Indian journal of veterinary science and animal husbandry - Volume 14,
Year: 1944
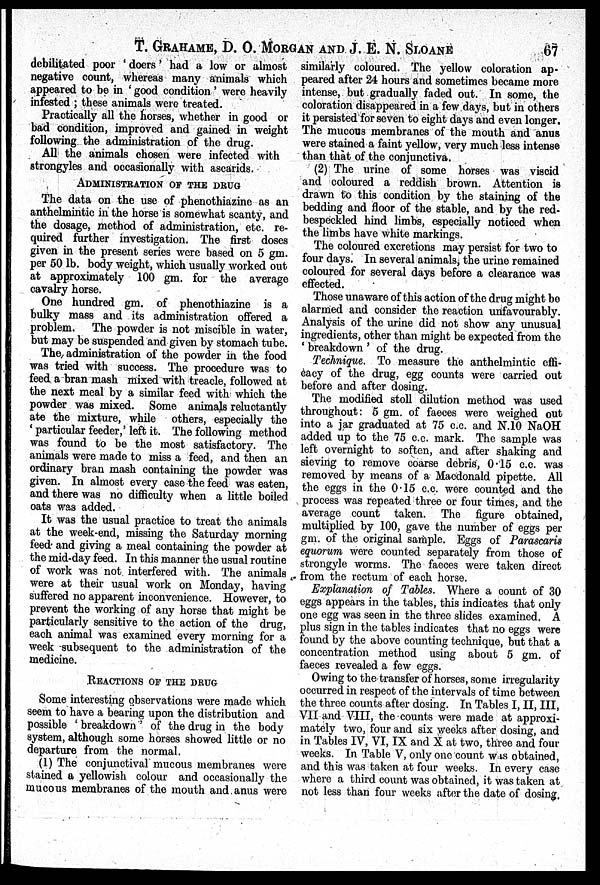
T. GRAHAME, D. O. MORGAN AND J. E. N. SLOANE 67
debilitated poor ' doers' had a low or almost
negative count, whereas many animals which
appeared to be in ' good condition' were heavily
infested ; these animals were treated.
Practically all the horses, whether in good or
bad condition, improved and gained in weight
following the administration of the drug.
All the animals chosen were infected with
strongyles and occasionally with ascarids.
ADMINISTRATION OF THE DRUG
The data on the use of phenothiazine as an
anthelmintic in the horse is somewhat scanty, and
the dosage, method of administration, etc. re-
quired further investigation. The first doses
given in the present series were based on 5 gm.
per 50 lb. body weight, which usually worked out
at approximately 100 gm. for the average
cavalry horse.
One hundred gm. of phenothiazine is a
bulky mass and its administration offered a
problem. The powder is not miscible in water,
but may be suspended and given by stomach tube.
The administration of the powder in the food
was tried with success. The procedure was to
feed a bran mash mixed with treacle, followed at
the next meal by a similar feed with which the
powder was mixed. Some animals reluctantly
ate the mixture, while others, especially the
' particular feeder,' left it. The following method
was found to be the most satisfactory. The
animals were made to miss a feed, and then an
ordinary bran mash containing the powder was
given. In almost every case the feed was eaten,
and there was no difficulty when a little boiled
oats was added.
It was the usual practice to treat the animals
at the week-end, missing the Saturday morning
feed and giving a meal containing the powder at
the mid-day feed. In this manner the usual routine
of work was not interfered with. The animals
were at their usual work on Monday, having
suffered no apparent inconvenience. However, to
prevent the working of any horse that might be
particularly sensitive to the action of the drug,
each animal was examined every morning for a
week subsequent to the administration of the
medicine.
REACTIONS OF THE DRUG
Some interesting observations were made which
seem to have a bearing upon the distribution and
possible ' breakdown ' of the drug in the body
system, although some horses showed little or no
departure from the normal.
(1) The conjunctival mucous membranes were
stained a yellowish colour and occasionally the
mucous membranes of the mouth and anus were
similarly coloured. The yellow coloration ap-
peared after 24 hours and sometimes became more
intense, but gradually faded out. In some, the
coloration disappeared in a few days, but in others
it persisted for seven to eight days and even longer.
The mucous membranes of the mouth and anus
were stained a faint yellow, very much less intense
than that of the conjunctiva.
(2) The urine of some horses was viscid
and coloured a reddish brown. Attention is
drawn to this condition by the staining of the
bedding and floor of the stable, and by the red-
bespeckled hind limbs, especially noticed when
the limbs have white markings.
The coloured excretions may persist for two to
four days. In several animals, the urine remained
coloured for several days before a clearance was
effected.
Those unaware of this action of the drug might be
alarmed and consider the reaction unfavourably.
Analysis of the urine did not show any unusual
ingredients, other than might be expected from the
' breakdown ' of the drug.
Technique. To measure the anthelmintic effi-
cacy of the drug, egg counts were carried out
before and after dosing.
The modified stoll dilution method was used
throughout: 5 gm. of faeces were weighed out
into a jar graduated at 75 c.c. and N.10 NaOH
added up to the 75 c.c. mark. The sample was
left overnight to soften, and after shaking and
sieving to remove coarse debris, 0.15 c.c. was
removed by means of a Macdonald pipette. All
the eggs in the 0.15 c.c. were counted and the
process was repeated three or four times, and the
average count taken. The figure obtained,
multiplied by 100, gave the number of eggs per
gm. of the original sample. Eggs of Parascaris
equorum were counted separately from those of
strongyle worms. The faeces were taken direct
from the rectum of each horse.
Explanation of Tables. Where a count of 30
eggs appears in the tables, this indicates that only
one egg was seen in the three slides examined. A
plus sign in the tables indicates that no eggs were
found by the above counting technique, but that a
concentration method using about 5 gm. of
faeces revealed a few eggs.
Owing to the transfer of horses, some irregularity
occurred in respect of the intervals of time between
the three counts after dosing. In Tables I, II, III,
VII and VIII, the counts were made at approxi-
mately two, four and six weeks after dosing, and
in Tables IV, VI, IX and X at two, three and four
weeks. In Table V, only one count was obtained,
and this was taken at four weeks. In every case
where a third count was obtained, it was taken at
not less than four weeks after the date of dosing.